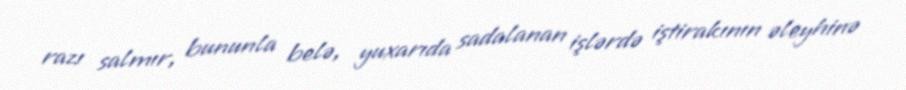
razı salmır, bununla belə, yuxarıda sadalanan işlərdə iştirakının əleyhinə